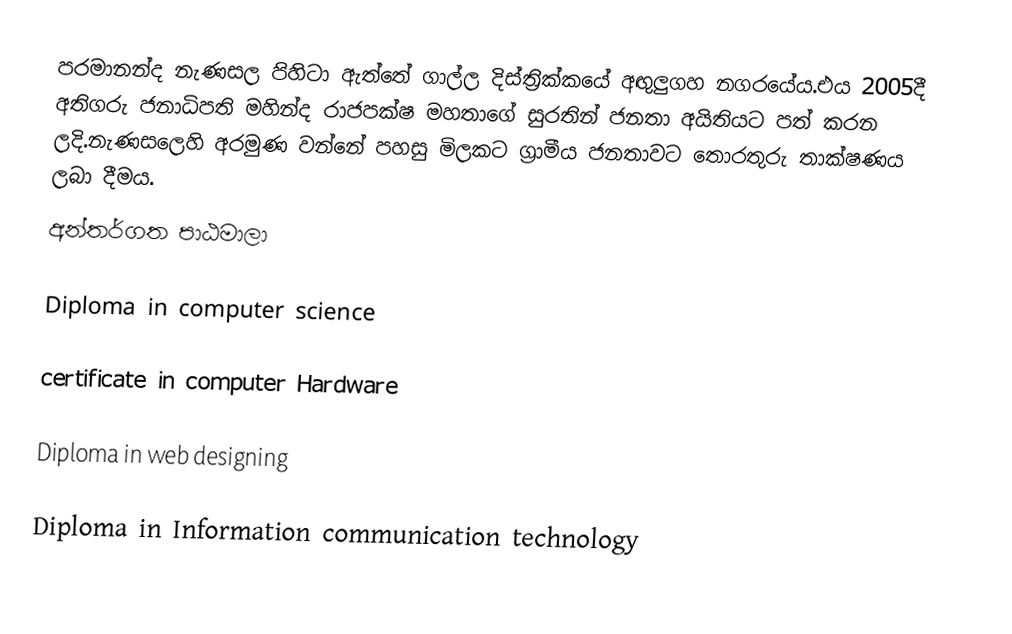
පරමානන්ද නැණසල පිහිටා ඇත්තේ ගාල්ල දිස්ත්‍රික්කයේ අඟුලුගහ න‍ගරයේය.එය 2005දී අතිගරු ජනාධිපති මහින්ද රාජපක්ෂ මහතාගේ සුරතින් ජනතා අයිතියට පත් කරන ලදි.නැණසලෙහි අරමුණ වන්නේ පහසු මිලකට ග්‍රාමීය ජනතාවට තොරතුරු තාක්ෂණය ලබා දීමය.
අන්ත‍ර්ගත පාඨමාලා

Diploma in computer science

certificate in computer Hardware

Diploma in web designing

Diploma in Information communication technology